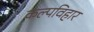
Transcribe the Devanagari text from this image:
कल्पविहार